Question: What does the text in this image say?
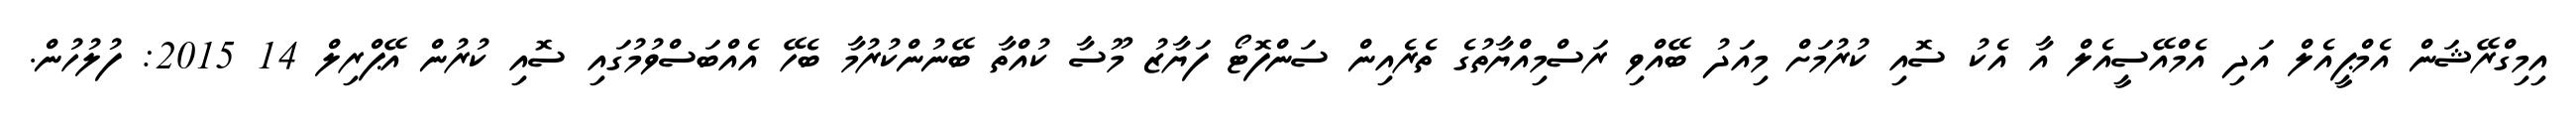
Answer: އިމިގްރޭޝަން އެމްޕީއެލް އަދި އެމްއޭސީއެލް އާ އެކު ސޮއި ކުރުމަށް މިއަދު ބޭއްވި ރަސްމިއްޔާތުގެ ތެރެއިން ސަންފޮޓޯ ފަޔާޒު މޫސާ ކުއްތާ ބޭނުންކުރުމާ ބެހޭ އެއްބަސްވުމުގައި ސޮއި ކުރުން އޭޕްރިލް 14 2015: ފުލުހުން.